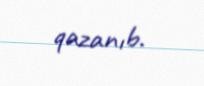
qazanıb.